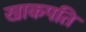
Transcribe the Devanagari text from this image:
खाकपति